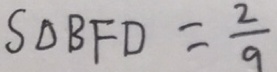
S \Delta B F D = \frac { 2 } { 9 }